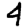
Digit: 4